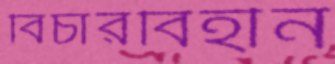
বিচারবিহীন